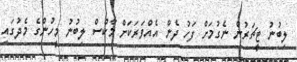
ލިބުނު ޓީޗަރުން ނެގުމަށް ފަހު ދެން އެއްވަރަކަށް މާކްސް ލިބުނު މީހުންގެ މެދުގައި